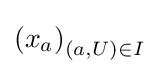
\left(x_{a}\right)_{(a,U)\in I}